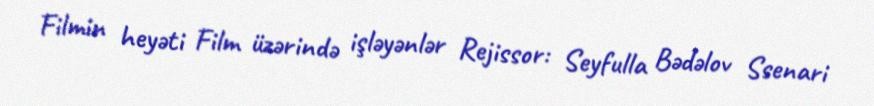
Filmin heyəti Film üzərində işləyənlər Rejissor: Seyfulla Bədəlov Ssenari